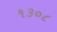
૧૩૦૮